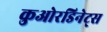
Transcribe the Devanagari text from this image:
कुओरडिनेट्स